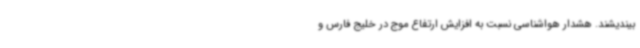
بیندیشند. هشدار هواشناسی نسبت به افزایش ارتفاع موج در خلیج فارس و